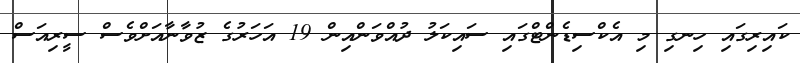
ކައިރިގައި ހިނގި މި އެކްސިޑެންޓްގައި ސައިކަލު ދުއްވަންއިން 19 އަހަރުގެ ޒުވާނާއަށްވެސް ސީރިއަސް